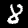
Label: 8